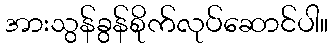
အားသွန်ခွန်စိုက်လုပ်ဆောင်ပါ။